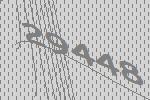
29448